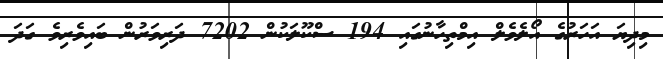
މިދިޔަ އަހަރުގެ އޯލެވެލް އިމްތިހާނުގައި 194 ސްކޫލަކުން 7202 ދަރިވަރުން ބައިވެރިވެ ގަދަ